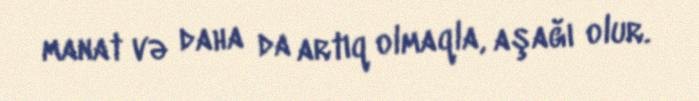
manat və daha da artıq olmaqla, aşağı olur.